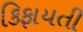
કિફાયતી